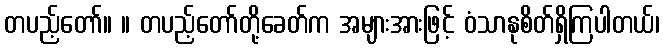
တပည့်တော်။ ။ တပည့်တော်တို့ခေတ်က အများအားဖြင့် ဝံသာနုစိတ်ရှိကြပါတယ်၊